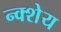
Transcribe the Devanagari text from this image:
न्क्शेय